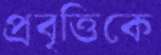
প্রবৃত্তিকে